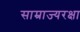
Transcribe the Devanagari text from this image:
साम्राज्यरक्षा